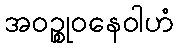
အဝဉ္စုဝနေဝါဟံ